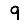
Digit: 9